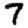
Digit: 7